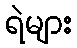
ရဲများ